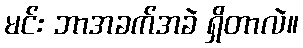
မင်း ဘာအခက်အခဲ ရှိတာလဲ။